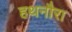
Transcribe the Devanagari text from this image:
हथनौरा